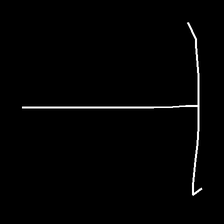
Glyph: column